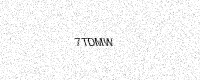
Text: 7TDMW